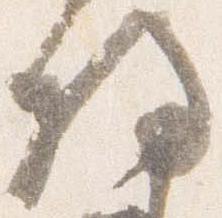
将